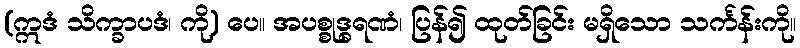
(ဣဒံ သိက္ခာပဒံ၊ ကို) ပေ။ အပစ္စုဒ္ဓရဏံ၊ ပြန်၍ ထုတ်ခြင်း မရှိသော သင်္ကန်းကို။